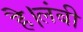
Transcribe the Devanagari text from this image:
है।लंबी